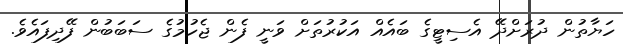
ހަޔާތުން ދުރަށްދޭ އެސިޓީގެ ބައެއް އަކުރުތަށް ވަނީ ފެން ޖެހުމުގެ ސަބަބުން ފޭދިފައެވެ.